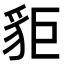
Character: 𧲽